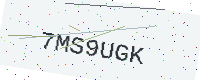
Text: 7MS9UGK